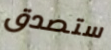
ستصدق